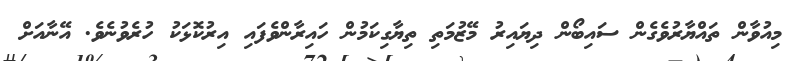
މިއުވާން ތައްޔާރުވެގެން ސައިބޯން ދިޔައިރު މޭޒުމަތި ތިޔާގިކަމުން ހައިރާންވެފައި އިރުކޮޅަކު ހުރެވުނެވެ. އޭނާއަށް